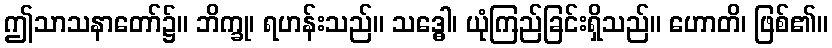
ဤသာသနာတော်၌။ ဘိက္ခု၊ ရဟန်းသည်။ သဒ္ဓေါ၊ ယုံကြည်ခြင်းရှိသည်။ ဟောတိ၊ ဖြစ်၏။